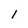
Character: 1